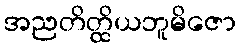
အညတိတ္ထိယဘူမိဇော